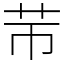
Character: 䒥